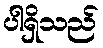
ပါရှိသည်